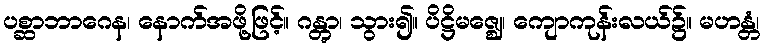
ပစ္ဆာဘာဂေန၊ နောက်အဖို့ဖြင့်။ ဂန္တွာ၊ သွား၍။ ပိဋ္ဌိမဇ္ဈေ၊ ကျောကုန်းလယ်၌။ မဟန္တံ၊